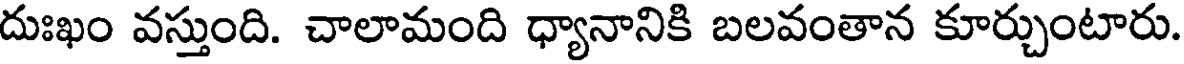
దుఃఖం వస్తుంది. చాలామంది ధ్యానానికి బలవంతాన కూర్చుంటారు.